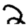
Digit: 2